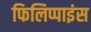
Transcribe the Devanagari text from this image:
फिलिप्पाइंस